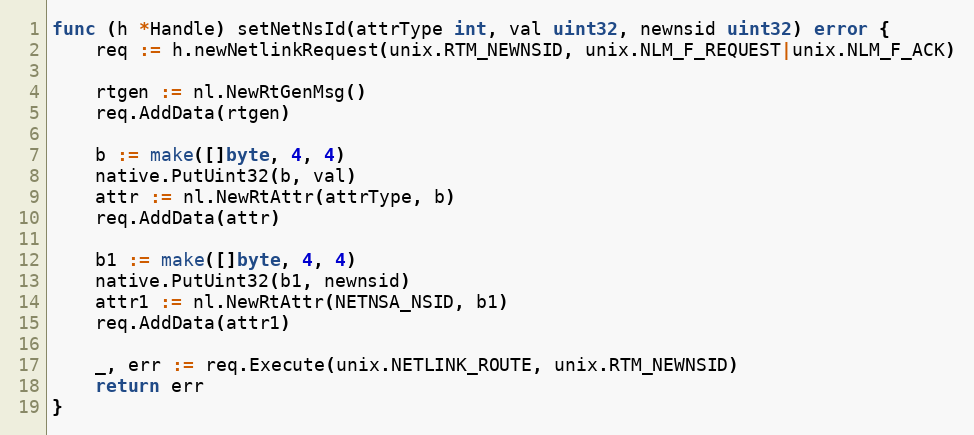
Language: Go
func (h *Handle) setNetNsId(attrType int, val uint32, newnsid uint32) error {
	req := h.newNetlinkRequest(unix.RTM_NEWNSID, unix.NLM_F_REQUEST|unix.NLM_F_ACK)

	rtgen := nl.NewRtGenMsg()
	req.AddData(rtgen)

	b := make([]byte, 4, 4)
	native.PutUint32(b, val)
	attr := nl.NewRtAttr(attrType, b)
	req.AddData(attr)

	b1 := make([]byte, 4, 4)
	native.PutUint32(b1, newnsid)
	attr1 := nl.NewRtAttr(NETNSA_NSID, b1)
	req.AddData(attr1)

	_, err := req.Execute(unix.NETLINK_ROUTE, unix.RTM_NEWNSID)
	return err
}